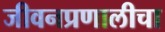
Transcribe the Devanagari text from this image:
जीवनप्रणालीचा